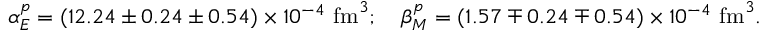
\alpha _ { E } ^ { p } = ( 1 2 . 2 4 \pm 0 . 2 4 \pm 0 . 5 4 ) \times 1 0 ^ { - 4 } \, \, \mathrm { f m } ^ { 3 } ; \quad \beta _ { M } ^ { p } = ( 1 . 5 7 \mp 0 . 2 4 \mp 0 . 5 4 ) \times 1 0 ^ { - 4 } \, \, \mathrm { f m } ^ { 3 } .